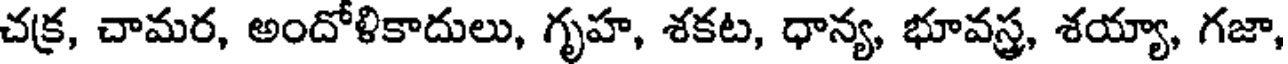
చక్ర, చామర, అందోళికాదులు, గృహ, శకట, ధాన్య, భూవస్త్ర, శయ్యా, గజా,